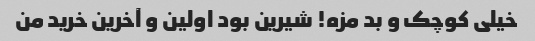
خیلی کوچک و بد مزه! شیرین بود اولین و آخرین خرید من